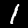
Label: 1